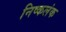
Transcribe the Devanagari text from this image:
निष्‍कलंक